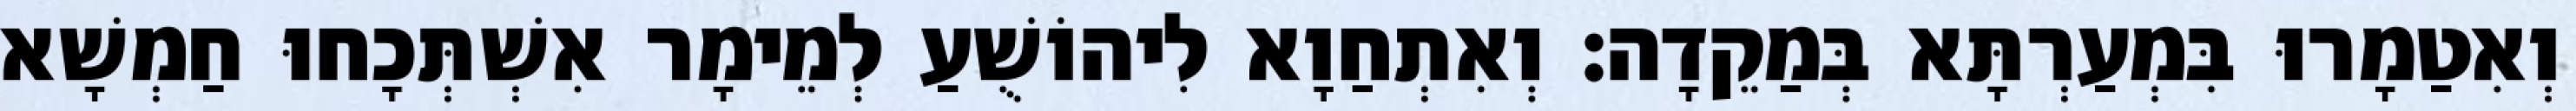
וְאִטַמָרוּ בִּמְעַרְתָּא בְּמַקֵדָה׃ וְאִתְחַוָא לִיהוֹשֻׁעַ לְמֵימָר אִשְׁתְּכָחוּ חַמְשָׁא